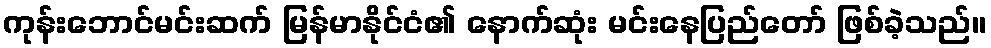
ကုန်းဘောင်မင်းဆက် မြန်မာနိုင်ငံ၏ နောက်ဆုံး မင်းနေပြည်တော် ဖြစ်ခဲ့သည်။